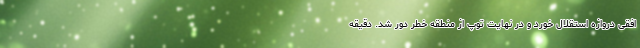
افقی دروازه استقلال خورد و در نهایت توپ از منطقه خطر دور شد. دقیقه